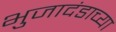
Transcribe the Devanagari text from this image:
भुजादंडाच्या